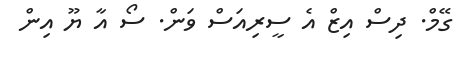
ގޭމް. ދިސް އިޒް އެ ސީރިއަސް ވަން. ސޯ އާ ޔޫ އިން